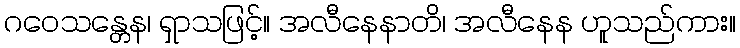
ဂဝေသန္တေန၊ ရှာသဖြင့်။ အလီနေနာတိ၊ အလီနေန ဟူသည်ကား။